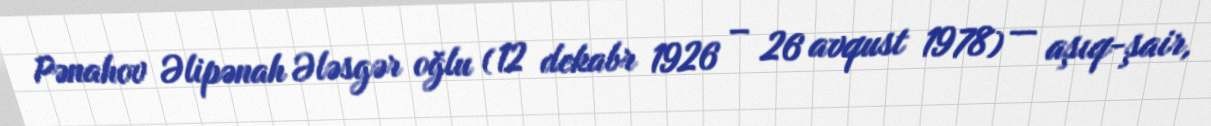
Pənahov Əlipənah Ələsgər oğlu (12 dekabr 1926 – 26 avqust 1978) — aşıq-şair,